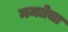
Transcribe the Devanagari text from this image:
ममतेचा